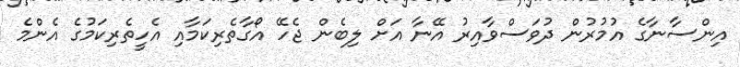
އިންސާނާގެ އުމުރުން ދުވަސްވާއިރު އޭނާ އަށް ލިބެން ޖެހޭ އޯގާތެރިކަމާއި އެހީތެރިކަމުގެ އެންމެ